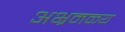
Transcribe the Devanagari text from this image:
अभ्रमकय